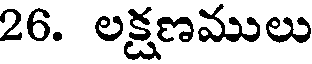
26. లక్షణములు